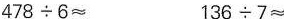
$$478\div 6\approx $$ $$136\div 7\approx $$